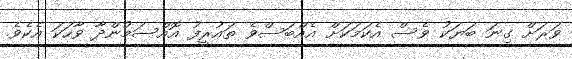
ވަރަށް ގިނަ ބަޔަކު ވެސް އެކަމަކަށް އެއްބަސްވެ ތައުރީފު އޮއްސަމުންދާ ވާހަކަ އެކެވެ.